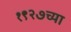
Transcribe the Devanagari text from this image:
१९२७च्या